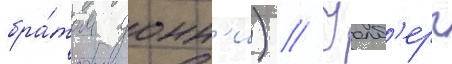
бра́том донн'и) // Уолб'ерг